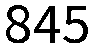
845